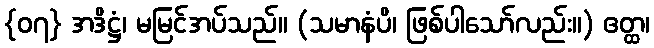
{၀၇} အဒိဋ္ဌံ၊ မမြင်အပ်သည်။ (သမာနံပိ၊ ဖြစ်ပါသော်လည်း။) ဧတ္ထ၊